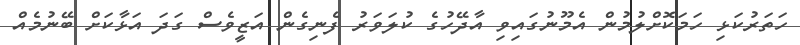
ހަތަރުކަޅި ހަމަކޮށްލުމުން އެމޫނުގައިވި އާދޭހުގެ ކުލަވަރު ފެނިގެން އަޒީވެސް ގަދަ އަޅާކަށް ބޭނުމެއް